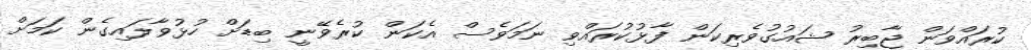
ކުރައްވަން ޖާބިރު ޝައުގުވެރިކަން ފާޅުކުރައްވި ނަމަވެސް އެކަން ކުރެވޭނީ ބިޑަށް ހުޅުވާލައިގެން ކަމަށް